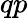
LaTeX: qp